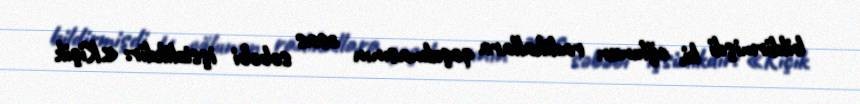
bildirmişdi ki, oğlunun radikallara qoşulmasının əsas səbəbi işsizlikdir: «Kiçik